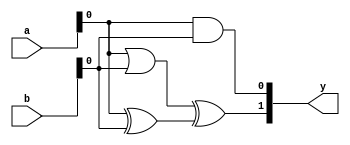
module CombinationalLogicBlock #(
    parameter WIDTH_IN = 4,   // Width of the input vector
    parameter WIDTH_OUT = 2    // Width of the output vector
)(
    input  wire [WIDTH_IN-1:0]  a,        // Input vector a
    input  wire [WIDTH_IN-1:0]  b,        // Input vector b
    output wire [WIDTH_OUT-1:0] y         // Output vector y
);

    // Internal signals for intermediate calculations
    wire [WIDTH_IN-1:0] and_out;         // AND operation output
    wire [WIDTH_IN-1:0] or_out;          // OR operation output
    wire [WIDTH_IN-1:0] xor_out;         // XOR operation output

    // Combinational logic implementation
    genvar i;
    generate
        for (i = 0; i < WIDTH_IN; i = i + 1) begin : logic_operations
            assign and_out[i] = a[i] & b[i];  // AND operation
            assign or_out[i]  = a[i] | b[i];  // OR operation 
            assign xor_out[i] = a[i] ^ b[i];  // XOR operation
        end
    endgenerate

    // Output logic combining the results of AND, OR, and XOR gates
    // Example functionality: output the first bit of AND, OR, and XOR results
    assign y[0] = and_out[0];              // Output 0: First bit of AND
    assign y[1] = or_out[0] ^ xor_out[0];  // Output 1: XOR of OR and XOR results

endmodule